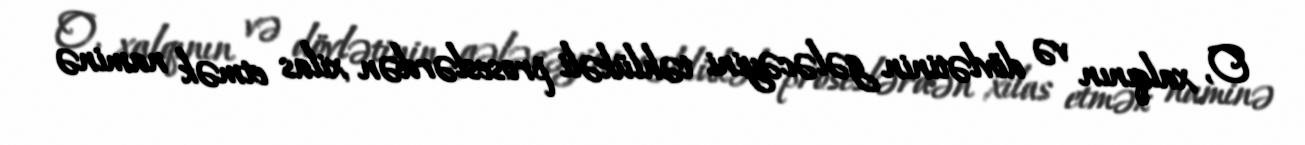
O, xalqının və dövlətinin gələcəyini təhlükəli proseslərdən xilas etmək naminə